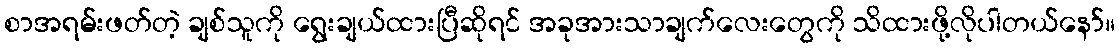
စာအရမ်းဖတ်တဲ့ ချစ်သူကို ရွေးချယ်ထားပြီဆိုရင် အခုအားသာချက်လေးတွေကို သိထားဖို့လိုပါတယ်နော်။